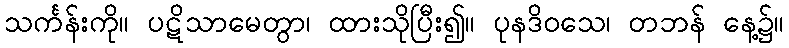
သင်္ကန်းကို။ ပဋိသာမေတွာ၊ ထားသိုပြီး၍။ ပုနဒိဝသေ၊ တဘန် နေ့၌။